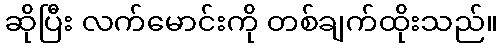
ဆိုပြီး လက်မောင်းကို တစ်ချက်ထိုးသည်။